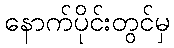
နောက်ပိုင်းတွင်မှ